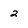
Character: 2